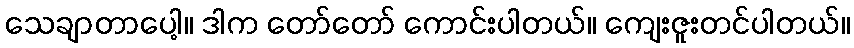
သေချာတာပေါ့။ ဒါက တော်တော် ကောင်းပါတယ်။ ကျေးဇူးတင်ပါတယ်။